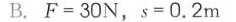
B.$$F = 3 0 N$$，$$s = 0 . 2 m$$